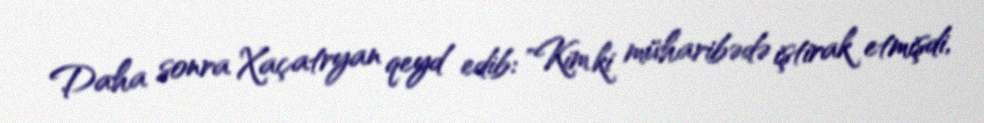
Daha sonra Xaçatryan qeyd edib: "Kim ki müharibədə iştirak etmişdi,